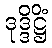
ဒုဒ္ဒိဋ္ဌိံ